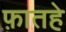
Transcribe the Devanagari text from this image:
फ़ातहे